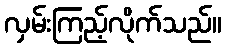
လှမ်းကြည့်လိုက်သည်။